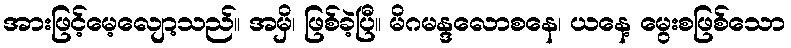
အားဖြင့်မေ့လျော့သည်။ အမှိ၊ ဖြစ်ခဲ့ပြီ။ မိဂမန္ဒလောစနေ၊ ယနေ့ မွေးစဖြစ်သော